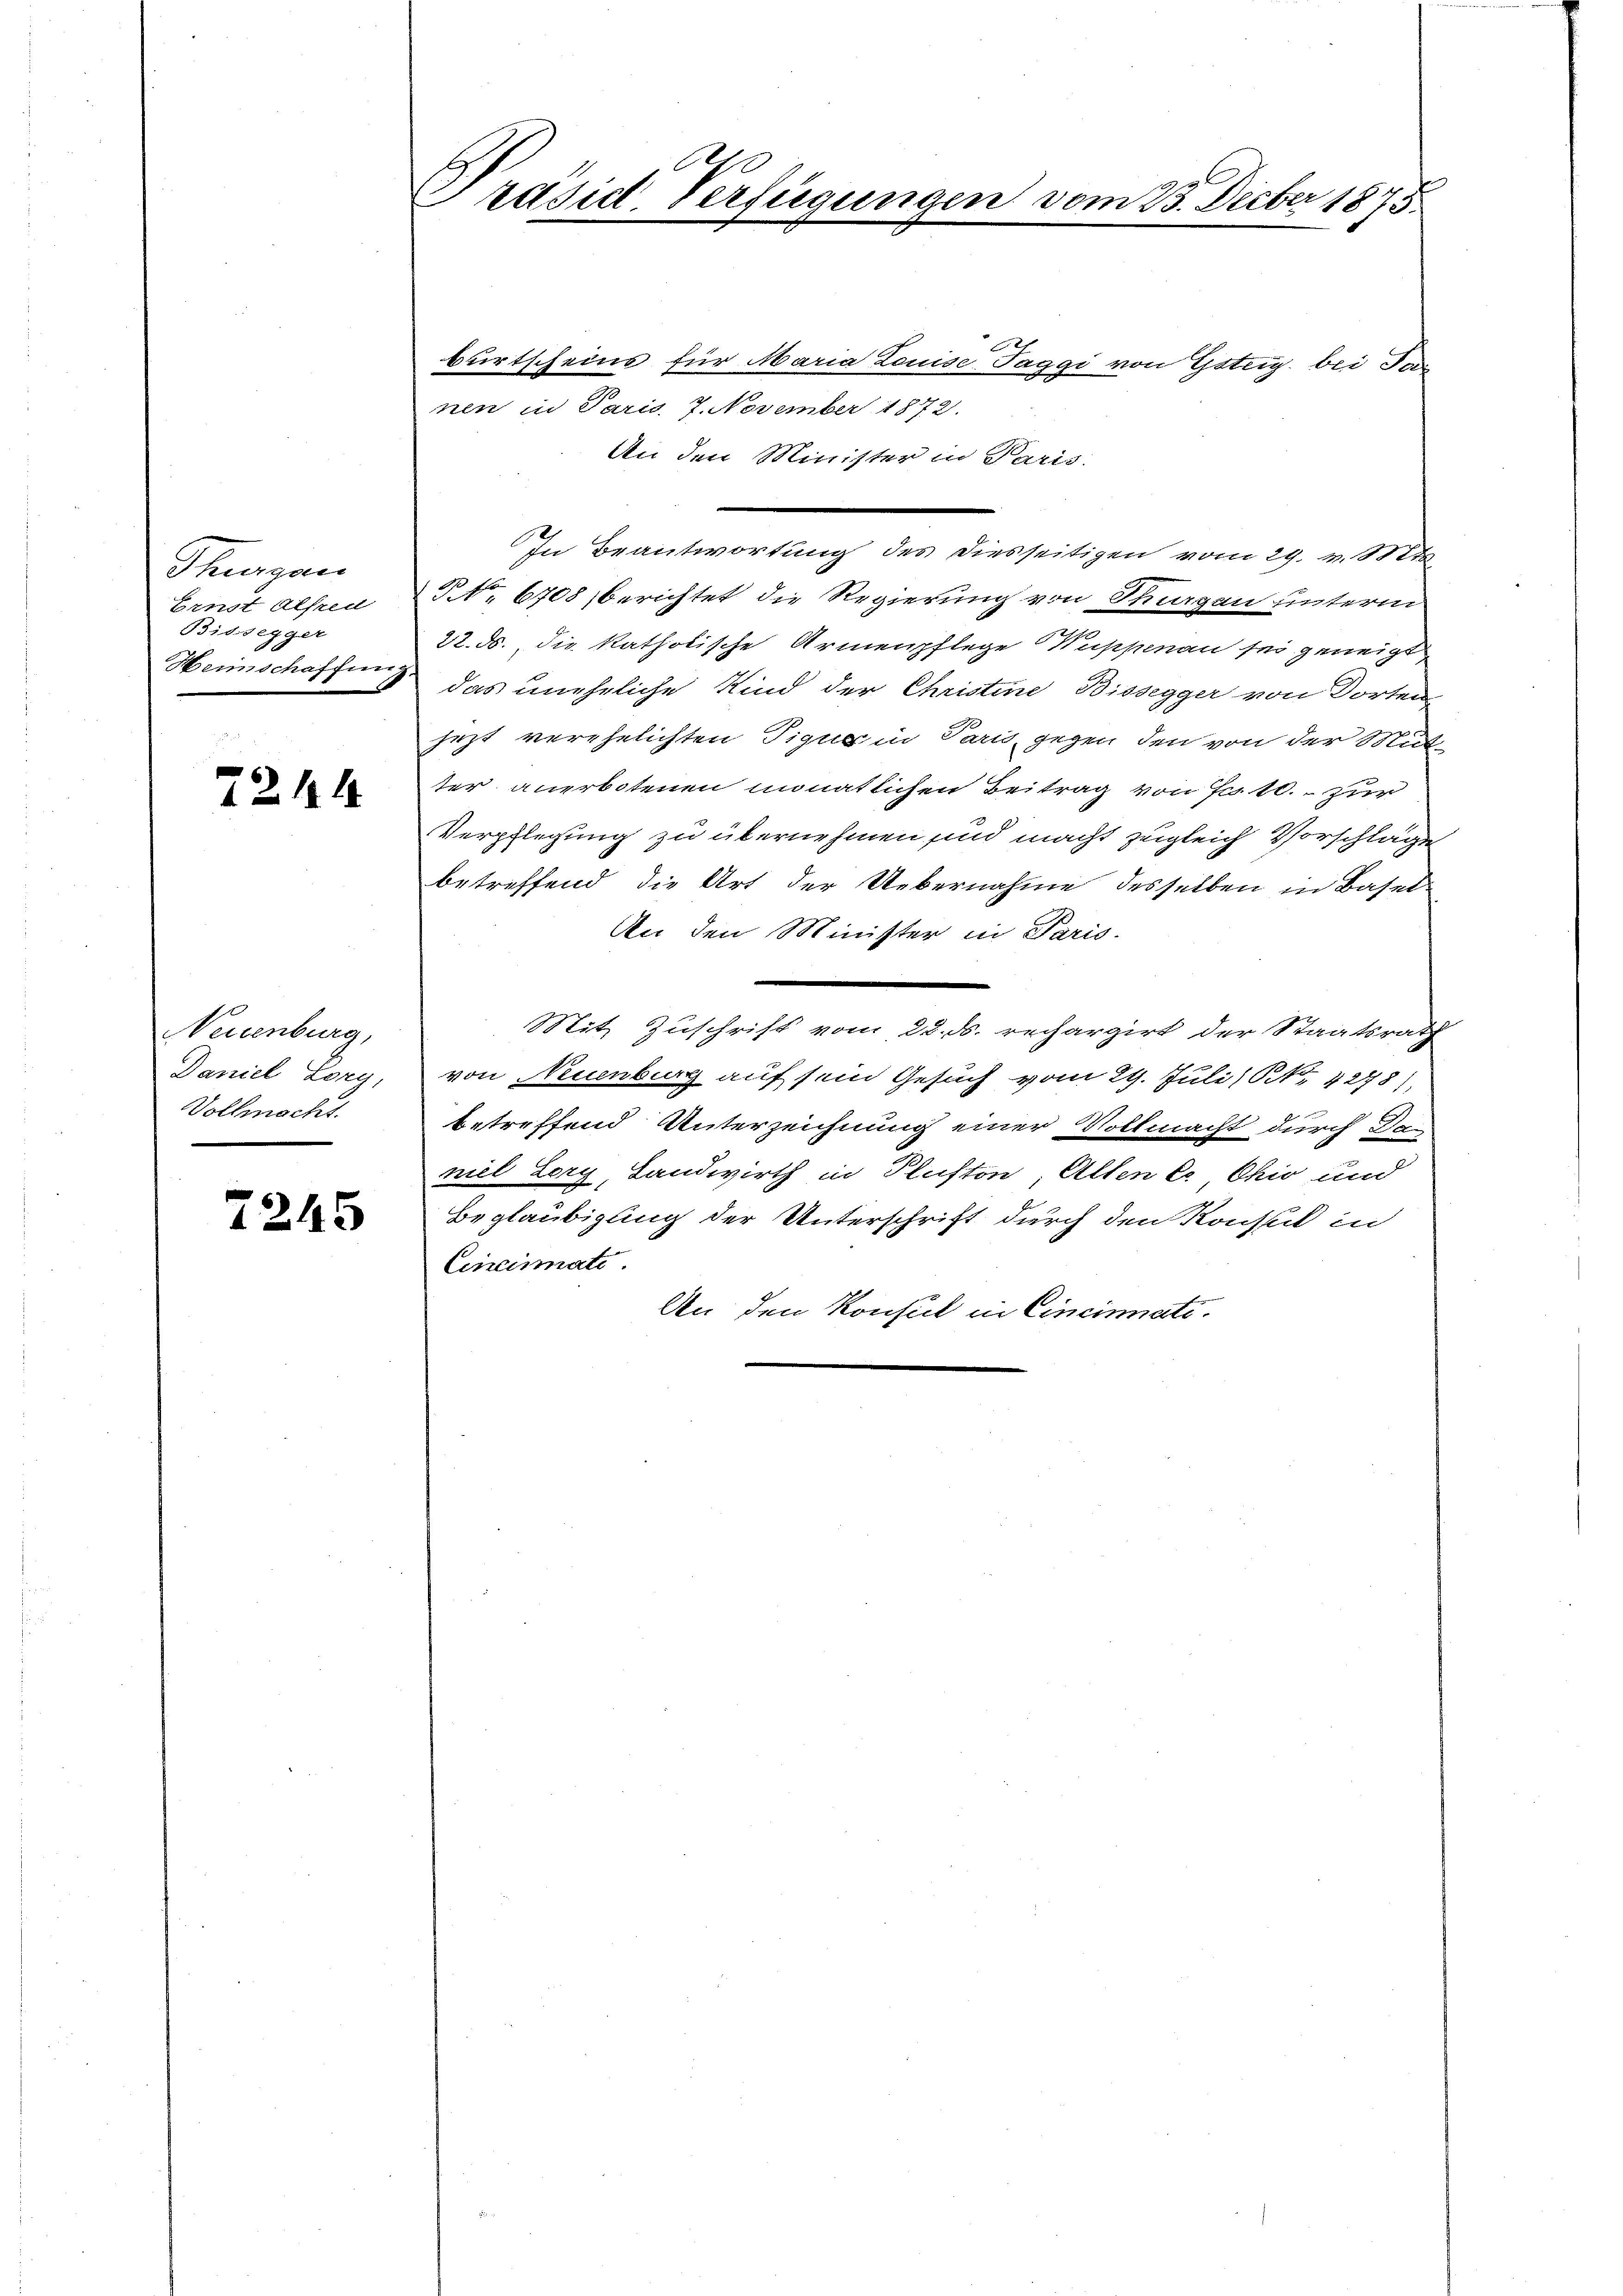
Thurgau
Ernst Alfred
Bissegger
Heimschaffun

2214

Neuenburg,
Daniel Lorg,
Vollmacht.

2245

A
Präsid. Verfügungen vom 23. Decber 1873.

burtscheins für Maria Louise-Paggi von Gsteig, bei Tan
nen in Paris, 7. November 1872.
An den Minister in Paris
R No. 6708, berichtet die Regierung von Thurgau unterm
22. ds. die katholische Armenpflege Wuppenau sei geneigt
 das uneheliche Kind der Christine Bissegger von Dorten
jezt verehelichten Tigus in Paris, gegen den von der Mut
ter anerbotenen monatlichen Beitrag von Fr. 10. zur
Verpflegung zu übernehmen sind macht zugleich Vorschläge
betreffend die Art der Uebernahme desselben in Basel¬
An den Minister in Paris.
Mit Zuschrift vom 22. d. rechargirt der Staatsrath
von Neuenburg auf sein Gesuch vom 29. Juli ( NNo. 4278),
betreffend Unterzeichnung einer Vollmacht durch dan
niel Lorg, Landwirth in Plufton Alten C. Chio und
Beglaubigung der Unterschrift durch den Konsul in
Cincinati
An den Konsul in Cincinati

In Beantwortung des diesseitigen vom 29. v. 12.